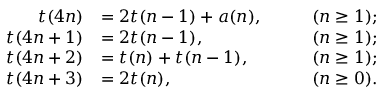
\begin{array} { r l r l } { t ( 4 n ) } & { = 2 t ( n - 1 ) + a ( n ) , } & & { \quad ( n \geq 1 ) ; } \\ { t ( 4 n + 1 ) } & { = 2 t ( n - 1 ) , } & & { \quad ( n \geq 1 ) ; } \\ { t ( 4 n + 2 ) } & { = t ( n ) + t ( n - 1 ) , } & & { \quad ( n \geq 1 ) ; } \\ { t ( 4 n + 3 ) } & { = 2 t ( n ) , } & & { \quad ( n \geq 0 ) . } \end{array}